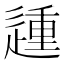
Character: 𰻈